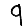
Digit: 9